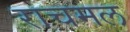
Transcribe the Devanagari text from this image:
राचमल